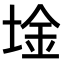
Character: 𫭾